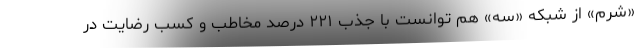
«شرم» از شبکه «سه» هم توانست با جذب ۲۲۱ درصد مخاطب و کسب رضایت در